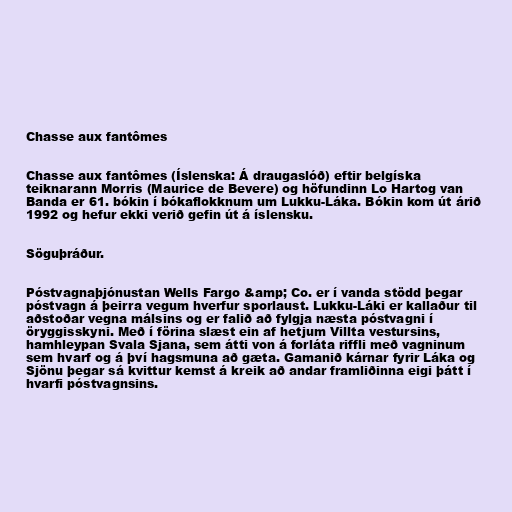
Chasse aux fantômes

Chasse aux fantômes (Íslenska: Á draugaslóð) eftir belgíska
teiknarann Morris (Maurice de Bevere) og höfundinn Lo Hartog van
Banda er 61. bókin í bókaflokknum um Lukku-Láka. Bókin kom út árið
1992 og hefur ekki verið gefin út á íslensku.

Söguþráður.

Póstvagnaþjónustan Wells Fargo &amp; Co. er í vanda stödd þegar
póstvagn á þeirra vegum hverfur sporlaust. Lukku-Láki er kallaður til
aðstoðar vegna málsins og er falið að fylgja næsta póstvagni í
öryggisskyni. Með í förina slæst ein af hetjum Villta vestursins,
hamhleypan Svala Sjana, sem átti von á forláta riffli með vagninum
sem hvarf og á því hagsmuna að gæta. Gamanið kárnar fyrir Láka og
Sjönu þegar sá kvittur kemst á kreik að andar framliðinna eigi þátt í
hvarfi póstvagnsins.